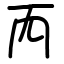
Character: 𠀑